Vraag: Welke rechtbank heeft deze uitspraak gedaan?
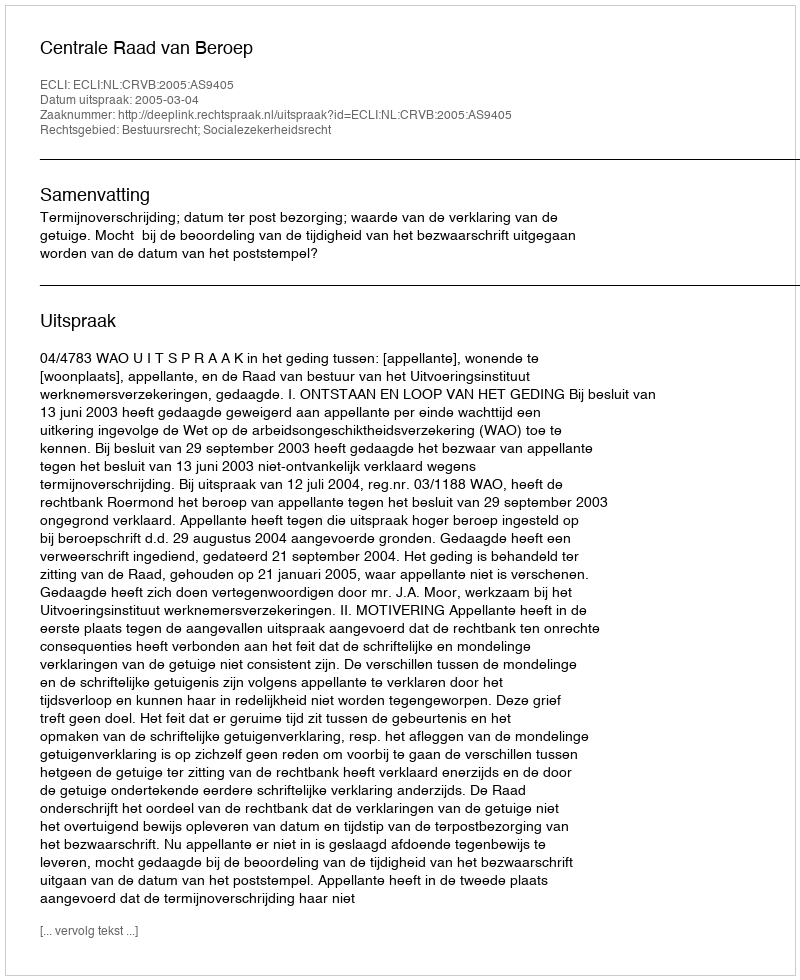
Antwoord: Centrale Raad van Beroep